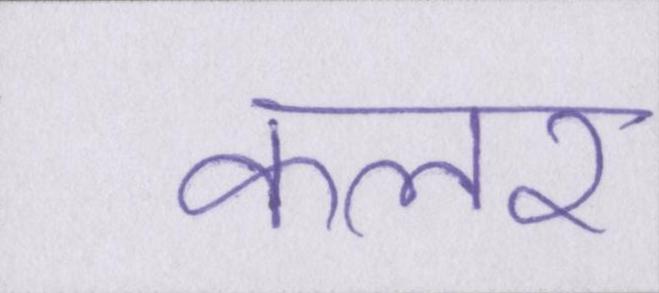
कलर